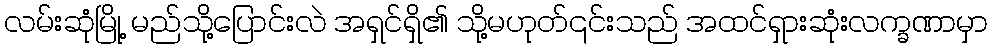
လမ်းဆုံမြို့ မည်သို့ပြောင်းလဲ အရှင်ရှိ၏ သို့မဟုတ်၎င်းသည် အထင်ရှားဆုံးလက္ခဏာမှာ